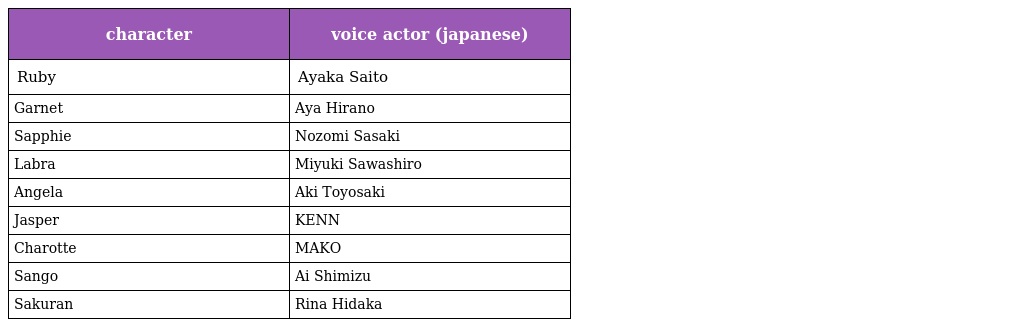
| character | voice actor (japanese) |
 | --- | --- |
 | Ruby | Ayaka Saito |
 | Garnet | Aya Hirano |
 | Sapphie | Nozomi Sasaki |
 | Labra | Miyuki Sawashiro |
 | Angela | Aki Toyosaki |
 | Jasper | KENN |
 | Charotte | MAKO |
 | Sango | Ai Shimizu |
 | Sakuran | Rina Hidaka |